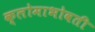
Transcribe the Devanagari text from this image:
क्लोमाभोवती